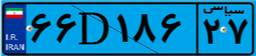
۵۷D۸۲۹۲۳